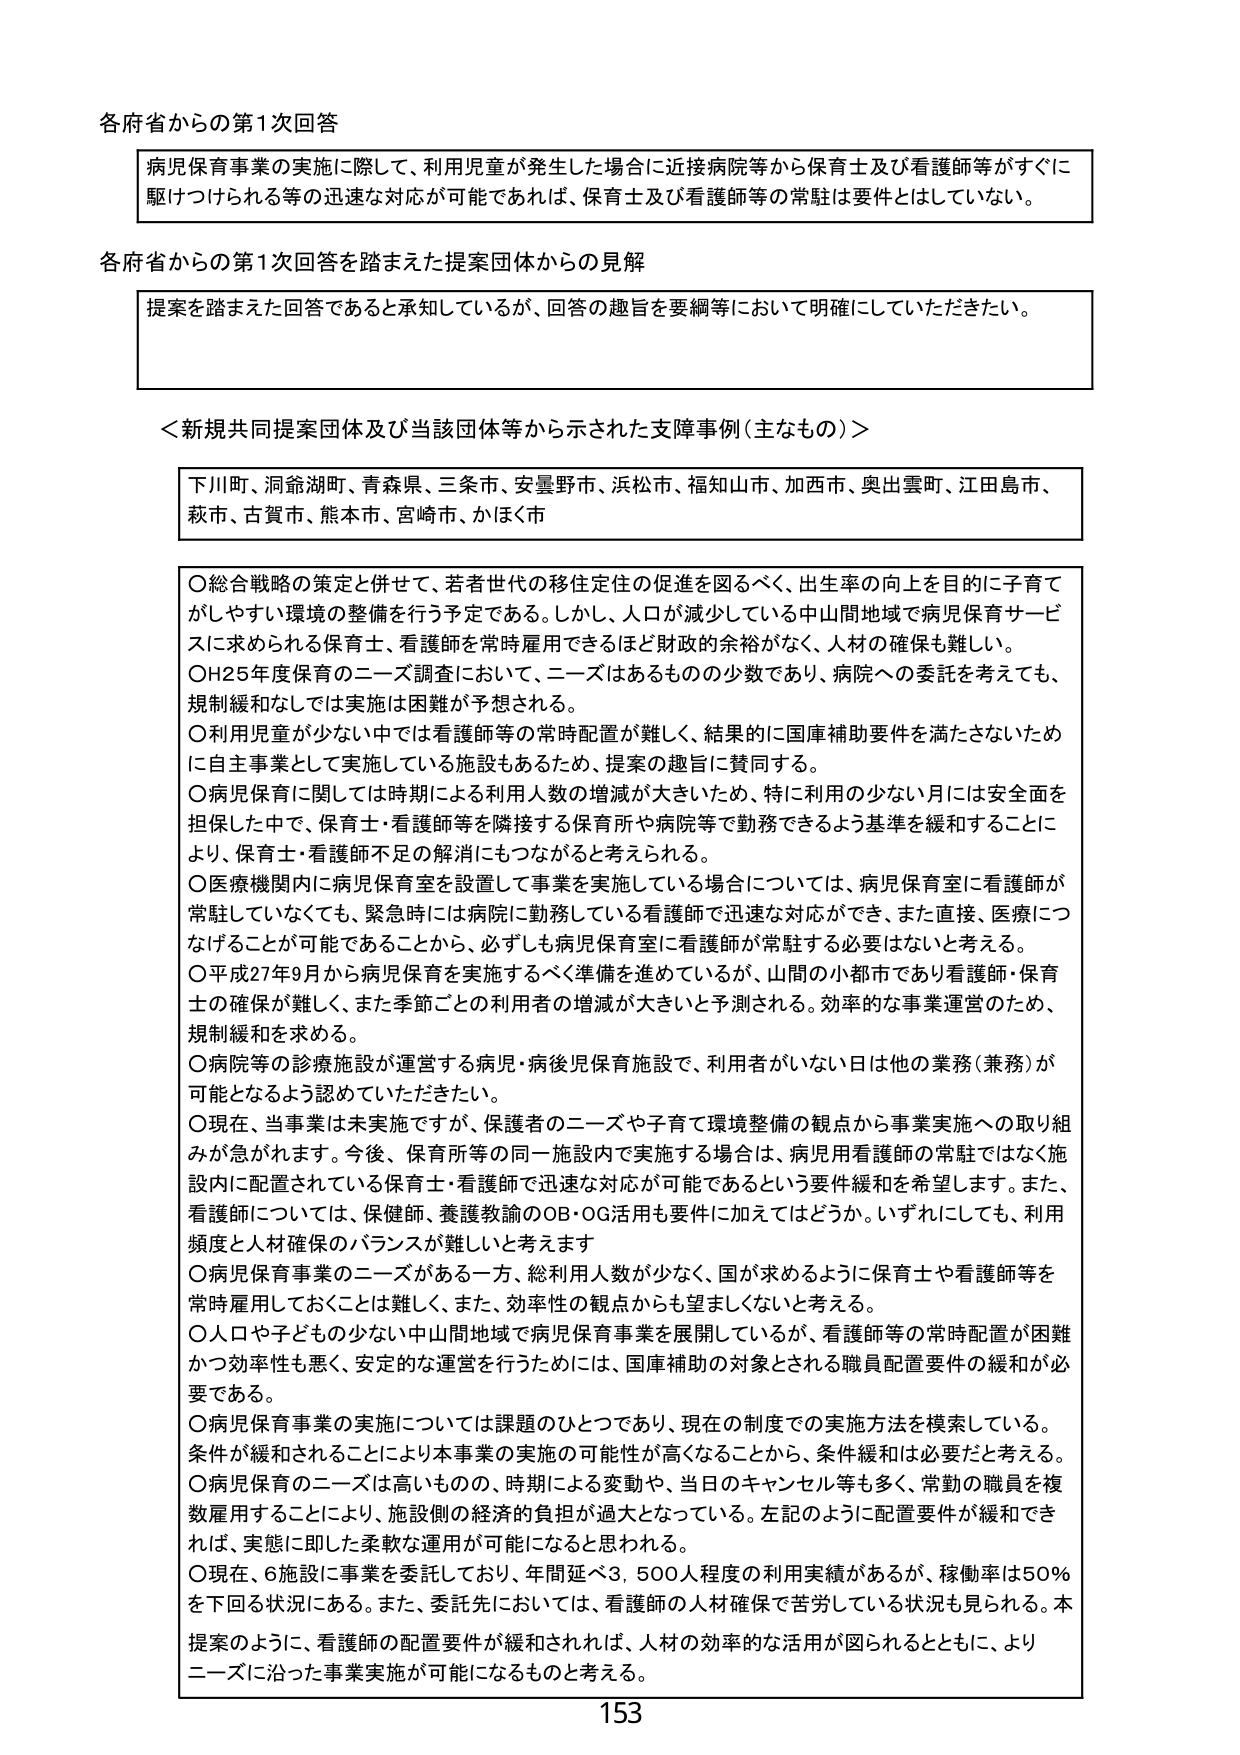
各府省からの第1次回答

病児保育事業の実施に際して、利用児童が発生した場合に近接病院等から保育士及び看護師等がすぐに駆けつけられる等の迅速な対応が可能であれば、保育士及び看護師等の常駐は要件とはしていない。

各府省からの第1次回答を踏まえた提案団体からの見解

提案を踏まえた回答であると承知しているが、回答の趣旨を要綱等において明確にしていただきたい。

＜新規共同提案団体及び当該団体等から示された支障事例（主なもの）＞

下川町、洞爺湖町、青森県、三条市、安曇野市、浜松市、福知山市、加西市、奥出雲町、江田島市、萩市、古賀市、熊本市、宮崎市、かほく市

○総合戦略の策定と併せて、若者世代の移住定住の促進を図るべく、出生率の向上を目的に子育てがしやすい環境の整備を行う予定である。しかし、人口が減少している中山間地域で病児保育サービスに求められる保育士、看護師を常時雇用できるほど財政的余裕がなく、人材の確保も難しい。
○H25年度保育のニーズ調査において、ニーズはあるものの少数であり、病院への委託を考えても、規制緩和なしでは実施は困難が予想される。
○利用児童が少ない中では看護師等の常時配置が難しく、結果的に国庫補助要件を満たさないために自主事業として実施している施設もあるため、提案の趣旨に賛同する。
○病児保育に関しては時期による利用人数の増減が大きいため、特に利用の少ない月には安全面を担保した中で、保育士・看護師等を隣接する保育所や病院等で勤務できるよう基準を緩和することにより、保育士・看護師不足の解消にもつながると考えられる。
○医療機関内に病児保育室を設置して事業を実施している場合については、病児保育室に看護師が常駐していなくても、緊急時には病院に勤務している看護師で迅速な対応ができ、また直接、医療につなげることが可能であることから、必ずしも病児保育室に看護師が常駐する必要はないと考える。
○平成27年9月から病児保育を実施するべく準備を進めているが、山間の小都市であり看護師・保育士の確保が難しく、また季節ごとの利用者の増減が大きいと予測される。効率的な事業運営のため、規制緩和を求める。
○病院等の診療施設が運営する病児・病後児保育施設で、利用者がいない日は他の業務（兼務）が可能となるよう認めていただきたい。
○現在、当事業は未実施ですが、保護者のニーズや子育て環境整備の観点から事業実施への取り組みが急がれます。今後、保育所等の同一施設内で実施する場合は、病児用看護師の常駐ではなく施設内に配置されている保育士・看護師で迅速な対応が可能であるという要件緩和を希望します。また、看護師については、保健師、養護教諭のOB・OG活用も要件に加えてはどうか。いずれにしても、利用頻度と人材確保のバランスが難しいと考えます
○病児保育事業のニーズがある一方、総利用人数が少なく、国が求めるように保育士や看護師等を常時雇用しておくことは難しく、また、効率性の観点からも望ましくないと考える。
○人口や子どもの少ない中山間地域で病児保育事業を展開しているが、看護師等の常時配置が困難かつ効率性も悪く、安定的な運営を行うためには、国庫補助の対象とされる職員配置要件の緩和が必要である。
○病児保育事業の実施については課題のひとつであり、現在の制度での実施方法を模索している。条件が緩和されることにより本事業の実施の可能性が高くなることから、条件緩和は必要だと考える。
○病児保育のニーズは高いものの、時期による変動や、当日のキャンセル等も多く、常勤の職員を複数雇用することにより、施設側の経済的負担が過大となっている。左記のように配置要件が緩和できれば、実態に即した柔軟な運用が可能になると思われる。
○現在、6施設に事業を委託しており、年間延べ3,500人程度の利用実績があるが、稼働率は50％を下回る状況にある。また、委託先においては、看護師の人材確保で苦労している状況も見られる。本提案のように、看護師の配置要件が緩和されれば、人材の効率的な活用が図られるとともに、よりニーズに沿った事業実施が可能になるものと考える。

153